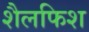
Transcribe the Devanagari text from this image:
शैलफिश